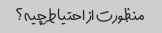
منظورت از احتیاط چیه؟